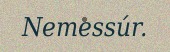
Nemessúr.